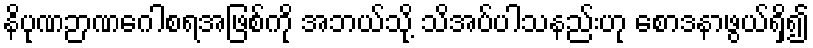
နိပုဏဉာဏဂေါစရအဖြစ်ကို အဘယ်သို့ သိအပ်ပါသနည်းဟု စောဒနာဖွယ်ရှိ၍